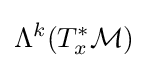
\Lambda ^{k}(T_{x}^{*}{\mathcal {M}})